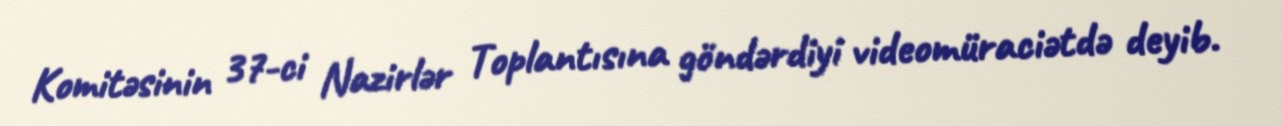
Komitəsinin 37-ci Nazirlər Toplantısına göndərdiyi videomüraciətdə deyib.